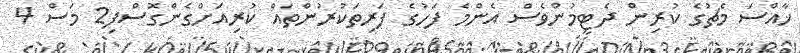
ޚާއްސަ މެޗުގެ ކުރިން ދެޓީމުންވެސް އެންމެ ފަހުގެ ފަރިތަކުރުންތައް ކުރިއަށްގެންގޮސްފި2 މަސް 4